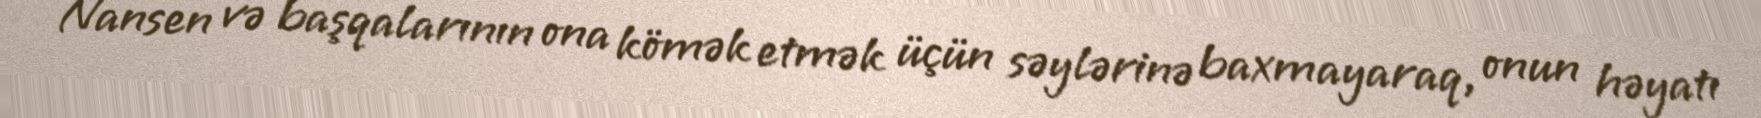
Nansen və başqalarının ona kömək etmək üçün səylərinə baxmayaraq, onun həyatı